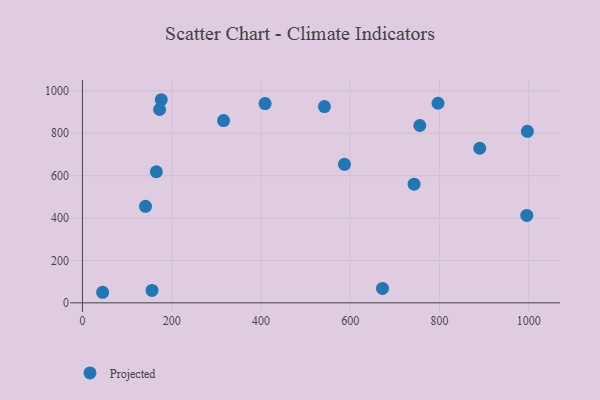
{"axis": {"x": "Ad Spend", "y": "Exam Score"}, "legend": ["Projected"], "data": [{"x": "165.6", "y": 618.5, "type": "Projected"}, {"x": "542.3", "y": 926.1, "type": "Projected"}, {"x": "155.9", "y": 58.3, "type": "Projected"}, {"x": "672.4", "y": 68.2, "type": "Projected"}, {"x": "756.0", "y": 836.7, "type": "Projected"}, {"x": "890.4", "y": 729.4, "type": "Projected"}, {"x": "587.2", "y": 653.5, "type": "Projected"}, {"x": "995.8", "y": 412.6, "type": "Projected"}, {"x": "796.8", "y": 941.8, "type": "Projected"}, {"x": "997.1", "y": 809.5, "type": "Projected"}, {"x": "316.2", "y": 860.1, "type": "Projected"}, {"x": "743.2", "y": 559.9, "type": "Projected"}, {"x": "141.3", "y": 455.4, "type": "Projected"}, {"x": "172.9", "y": 912.3, "type": "Projected"}, {"x": "176.6", "y": 958.4, "type": "Projected"}, {"x": "45.2", "y": 49.8, "type": "Projected"}, {"x": "409.3", "y": 940.0, "type": "Projected"}]}